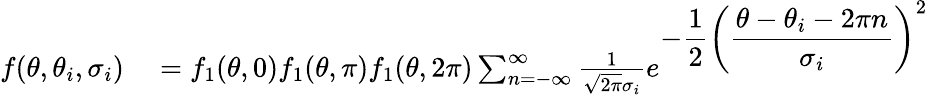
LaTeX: \begin{array}{rl}{f(\theta,\theta_{i},\sigma_{i})}&{{}=f_{1}(\theta,0)f_{1}(\theta,\pi)f_{1}(\theta,2\pi)\sum_{n=-\infty}^{\infty}\frac{1}{\sqrt{2\pi}\sigma_{i}}e^{\displaystyle-\frac{1}{2}\left(\frac{\theta-\theta_{i}-2\pi n}{\sigma_{i}}\right)^{2}}}\end{array}